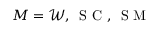
M = \mathcal { W } , \, \mathrm { ~ S ~ C ~ } , \, \mathrm { ~ S ~ M ~ }